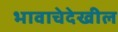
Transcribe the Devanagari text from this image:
भावाचेदेखील